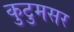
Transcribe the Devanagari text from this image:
कुटुमसर